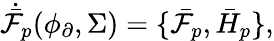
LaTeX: \dot{\bar{\mathcal{F}}}_{p}(\phi_{\partial},\Sigma)=\{ \bar{\mathcal{F}}_{p},\bar{H}_{p}\} ,